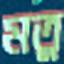
মতু